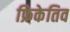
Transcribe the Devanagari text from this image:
फ्रिकेतिव